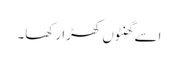
اسے گھنٹوں کھڑا رکھا۔